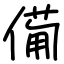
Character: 僃